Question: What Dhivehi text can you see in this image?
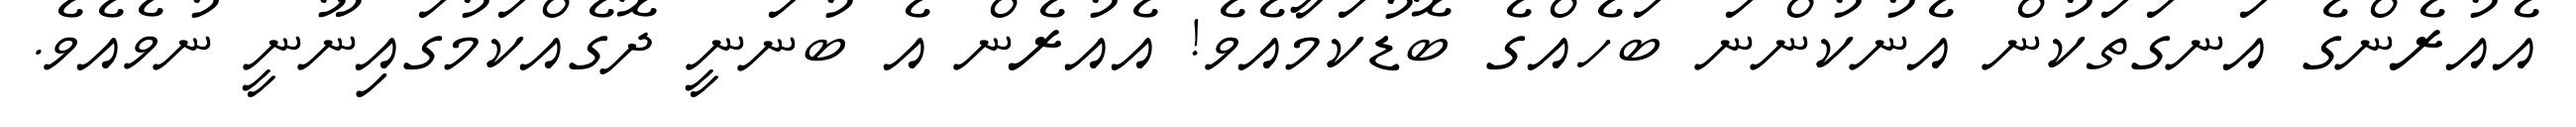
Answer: އެއުރެންގެ އަނގަތަކުން އެނުކުންނަ ބަހެއްގެ ބޮޑުކަމާއެވެ! އެއުރެން އެ ބުނަނީ ދޮގެއްކަމުގައިނޫނީ ނުވެއެވެ.